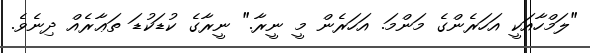
"ލަމްހާއަކީ އަހަރެންގެ މަންމަ. އަހަރެން މީ ނީރާ." ނީރާގެ ކުޑަކުޑަ ތަޢާރެއް ދިނެވެ.